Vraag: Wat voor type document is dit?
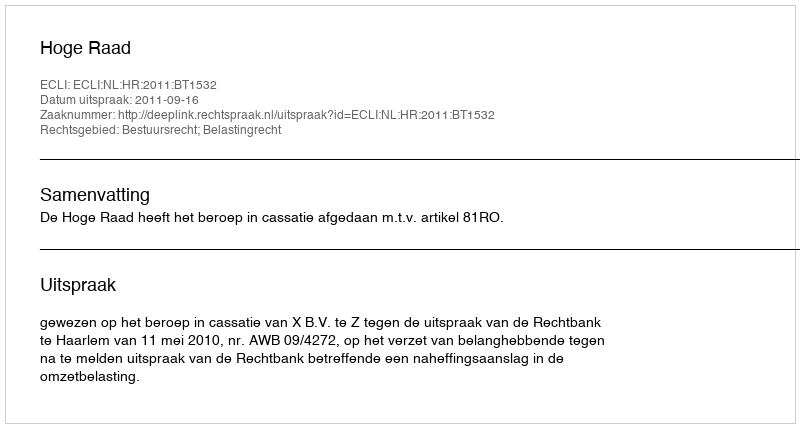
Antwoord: Uitspraak